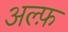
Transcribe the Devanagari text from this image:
अल्फ़